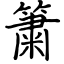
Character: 簘